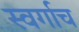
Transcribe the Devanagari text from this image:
स्वर्गाच